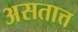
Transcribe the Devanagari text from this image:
असतात्त